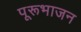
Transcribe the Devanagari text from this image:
पूरूभाजन